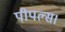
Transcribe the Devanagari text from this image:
पीपल्स।